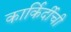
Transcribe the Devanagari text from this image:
कार्किर्दीची